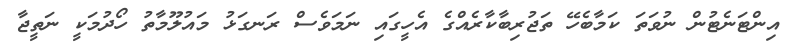
އިންޓަނެޓުން ނުވަތަ ކަމާބެހޭ ތަޖުރިބާކާރެއްގެ އެހީގައި ނަމަވެސް ރަނގަޅު މައުލޫމާތު ހޯދުމަކީ ނަތީޖާ